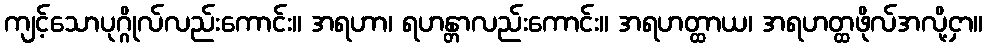
ကျင့်သောပုဂ္ဂိုလ်လည်းကောင်း။ အရဟာ၊ ရဟန္တာလည်းကောင်း။ အရဟတ္ထာယ၊ အရဟတ္ထဖိုလ်အလို့ငှာ။